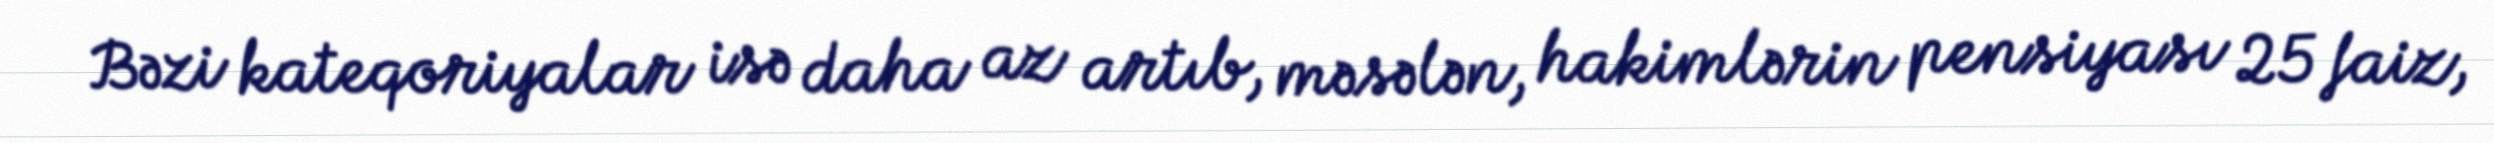
Bəzi kateqoriyalar isə daha az artıb, məsələn, hakimlərin pensiyası 25 faiz,